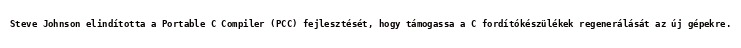
Steve Johnson elindította a Portable C Compiler (PCC) fejlesztését, hogy támogassa a C fordítókészülékek regenerálását az új gépekre.